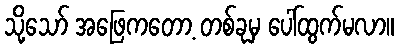
သို့သော် အဖြေကတော့ တစ်ခုမှ ပေါ်ထွက်မလာ။